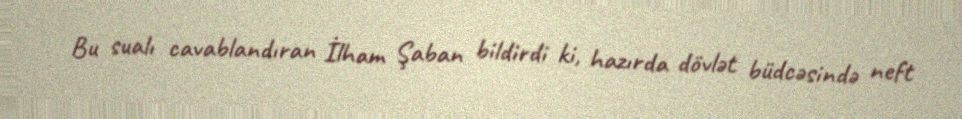
Bu sualı cavablandıran İlham Şaban bildirdi ki, hazırda dövlət büdcəsində neft